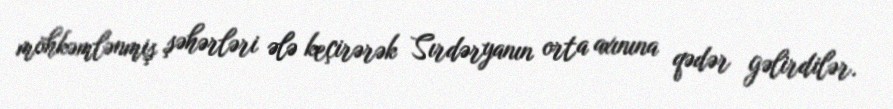
möhkəmlənmiş şəhərləri ələ keçirərək Sırdəryanın orta axınına qədər gəlirdilər.